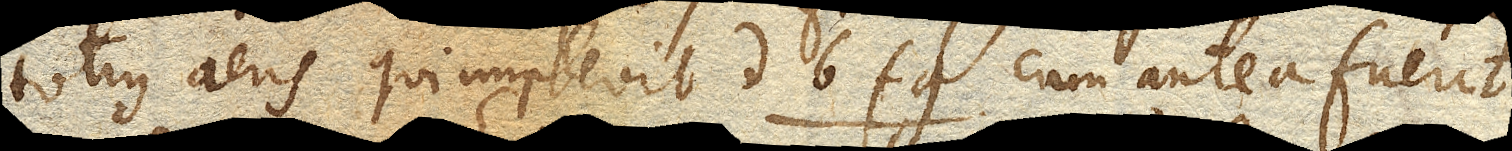
totius aeris qui implevit db fg. cum antea fuerit